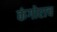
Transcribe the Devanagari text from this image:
कंगोराच